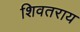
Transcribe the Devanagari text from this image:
शिवतराय